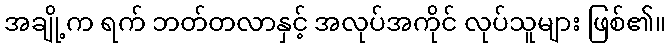
အချို့က ရက် ဘတ်တလာနှင့် အလုပ်အကိုင် လုပ်သူများ ဖြစ်၏။